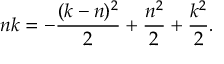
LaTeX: n k = - { \frac { ( k - n ) ^ { 2 } } { 2 } } + { \frac { n ^ { 2 } } { 2 } } + { \frac { k ^ { 2 } } { 2 } } .